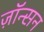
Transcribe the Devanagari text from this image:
ज़ॉन्सन